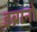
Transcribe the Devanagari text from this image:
इब्रानो